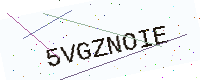
Text: 5VGZNOIE